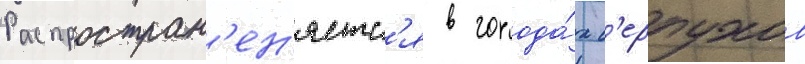
Распростран'ен'яетс'я в города́х с'ерпухов